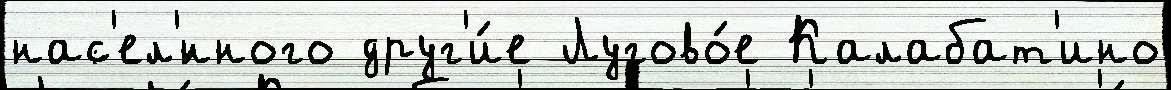
нас'ел'́нного друг'и́е Лугово́е Калабат'ино